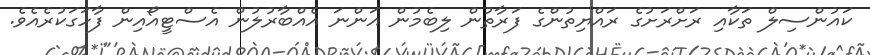
ކައުންސިލް ތަކާއި ރަށްރަށުގެ ރައްޔިތުންގެ ފަރާތުން ލިބެމުން އަންނަ އެއްބާރުލުން އެސްޓީއޯއިން ފާހަގަކުރެއެވެ.